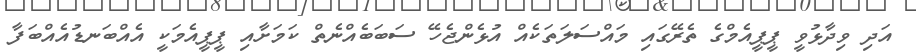
އަދި ވިދާޅުވީ ޕީޕީއެމްގެ ތެރޭގައި މައްސަލަތަކެއް އުޅެންޖެހޭ ސަބަބެއްނެތް ކަމަށާއި ޕީޕީއެމަކީ އެއްބަނޑުއެއްބަފާ